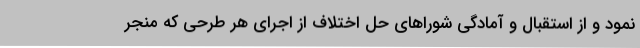
نمود و از استقبال و آمادگی شوراهای حل اختلاف از اجرای هر طرحی که منجر